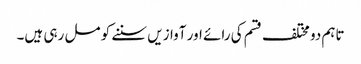
تاہم دو مختلف قسم کی رائے اور آوازیں سننے کو مل رہی ہیں۔